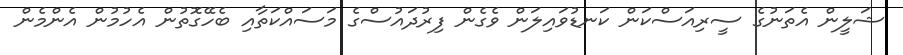
ޝަލީން އެތަނުގެ ސީރިއަސްކަން ކަނޑުވައިލަން ވެގެން ފިރުދައުސްގެ މަސައްކަތާއި ބެހޭގޮތުން އެހުމުން އެންމެން